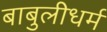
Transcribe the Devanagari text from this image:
बाबुलीधर्म